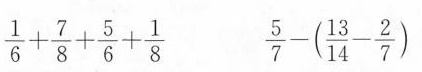
$$\frac { 1 } { 6 } + \frac { 7 } { 8 } +